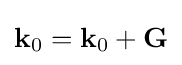
{\bf {k}}_{0}={\bf {k}}_{0}+{\bf {G}}